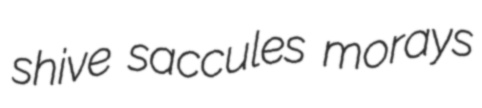
shive saccules morays